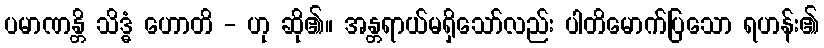
ပမာဏန္တိ သိဒ္ဓံ ဟောတိ - ဟု ဆို၏။ အန္တရာယ်မရှိသော်လည်း ပါတိမောက်ပြသော ရဟန်း၏